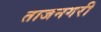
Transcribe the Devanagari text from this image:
ताजनगरी